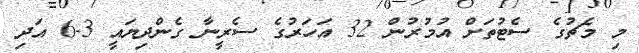
މި މެޗުގެ ސެޓުތަށް އުމުރުން 32 އަހަރުގެ ސެރީނާ ގެންދިޔައީ 3-6 އަދި